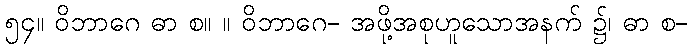
၅၄။ ဝိဘာဂေ ဓာ စ။ ။ ဝိဘာဂေ- အဖို့အစုဟူသောအနက် ၌၊ ဓာ စ-